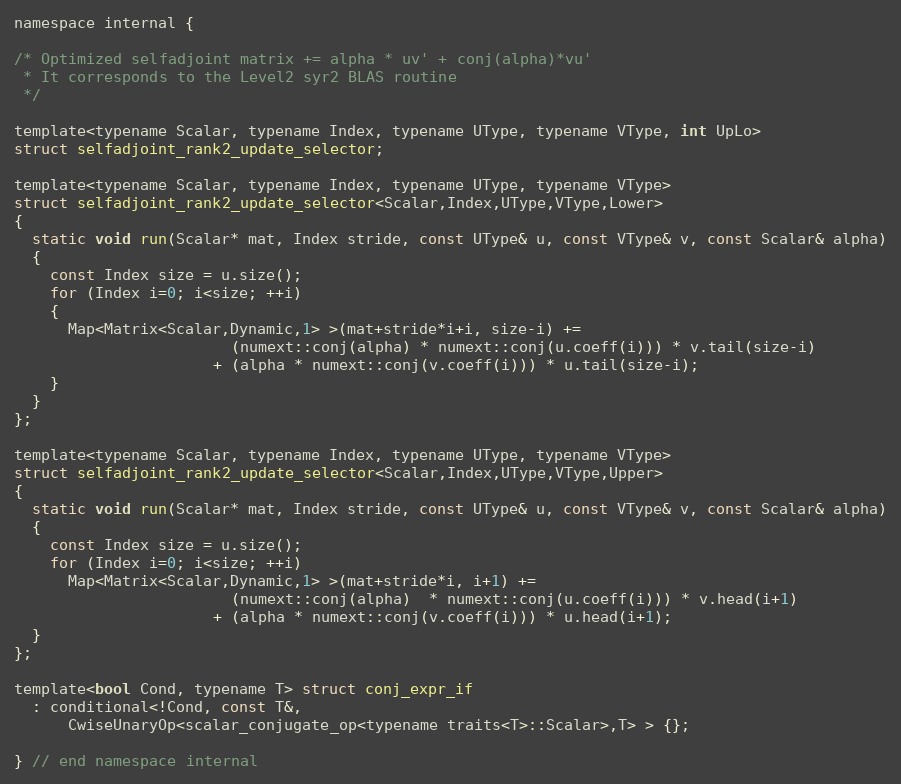
Language: C
namespace internal {

/* Optimized selfadjoint matrix += alpha * uv' + conj(alpha)*vu'
 * It corresponds to the Level2 syr2 BLAS routine
 */

template<typename Scalar, typename Index, typename UType, typename VType, int UpLo>
struct selfadjoint_rank2_update_selector;

template<typename Scalar, typename Index, typename UType, typename VType>
struct selfadjoint_rank2_update_selector<Scalar,Index,UType,VType,Lower>
{
  static void run(Scalar* mat, Index stride, const UType& u, const VType& v, const Scalar& alpha)
  {
    const Index size = u.size();
    for (Index i=0; i<size; ++i)
    {
      Map<Matrix<Scalar,Dynamic,1> >(mat+stride*i+i, size-i) +=
                        (numext::conj(alpha) * numext::conj(u.coeff(i))) * v.tail(size-i)
                      + (alpha * numext::conj(v.coeff(i))) * u.tail(size-i);
    }
  }
};

template<typename Scalar, typename Index, typename UType, typename VType>
struct selfadjoint_rank2_update_selector<Scalar,Index,UType,VType,Upper>
{
  static void run(Scalar* mat, Index stride, const UType& u, const VType& v, const Scalar& alpha)
  {
    const Index size = u.size();
    for (Index i=0; i<size; ++i)
      Map<Matrix<Scalar,Dynamic,1> >(mat+stride*i, i+1) +=
                        (numext::conj(alpha)  * numext::conj(u.coeff(i))) * v.head(i+1)
                      + (alpha * numext::conj(v.coeff(i))) * u.head(i+1);
  }
};

template<bool Cond, typename T> struct conj_expr_if
  : conditional<!Cond, const T&,
      CwiseUnaryOp<scalar_conjugate_op<typename traits<T>::Scalar>,T> > {};

} // end namespace internal